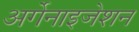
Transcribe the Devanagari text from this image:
अर्गेनाइजेशन